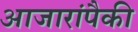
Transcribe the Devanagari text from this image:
आजारांपैकी